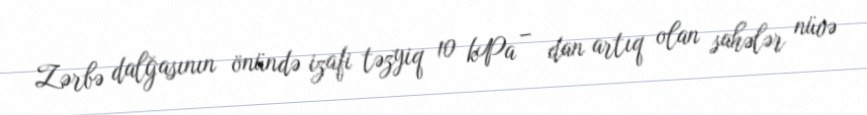
Zərbə dalğasının önündə izafi təzyiq 10 kPa – dan artıq olan sahələr nüvə